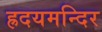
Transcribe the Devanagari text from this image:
ह्रदयमन्दिर